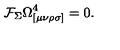
\mathcal { F } _ { \Sigma } \Omega _ { [ \mu \nu \rho \sigma ] } ^ { 4 } = 0 .